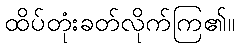
ထိပ်တုံးခတ်လိုက်ကြ၏။